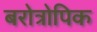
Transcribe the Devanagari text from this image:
बरोत्रोपिक